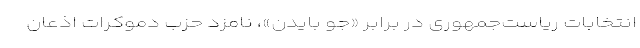
انتخابات ریاست‌جمهوری در برابر «جو بایدن»، نامزد حزب دموکرات اذعان